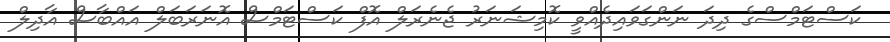
ކަސްޓަމްސްގެ ދިދަ ނަންގަވައިދެއްވީ ކޮމިޝަނަރު ޖެނެރަލް އޮފް ކަސްޓަމްސް އޮނަރަބަލް އައްބާސް އާދިލް